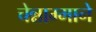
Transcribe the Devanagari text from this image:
चेन्नाम्माने